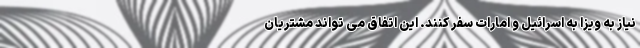
نیاز به ویزا به اسرائیل و امارات سفر کنند. این اتفاق می تواند مشتریان